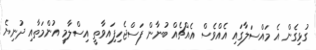
ގުޅިގެން އެ މައްސަލާގައި އެއްވެސް އެއްޗެއް ބުނާން ފަސްޖެހިފަިއވާތީ އިސްލާމީ އުންމަތާއި ދުނިޔެ